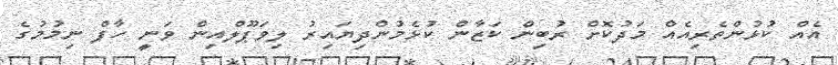
އެއް ކުޅުންތެރިއެއް މަދުކޮށް ރުބިން ކަޒާން ކުޅެމުންދިޔައިރު ލިވަޕޫލްއިން ވަނީ ހާފް ނިމުމުގެ